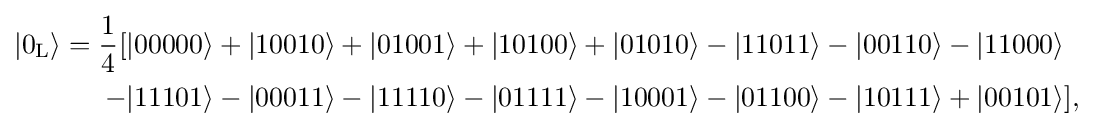
{\begin{aligned}|0_{\rm {L}}\rangle ={\frac {1}{4}}[&|00000\rangle +|10010\rangle +|01001\rangle +|10100\rangle +|01010\rangle -|11011\rangle -|00110\rangle -|11000\rangle \\-&|11101\rangle -|00011\rangle -|11110\rangle -|01111\rangle -|10001\rangle -|01100\rangle -|10111\rangle +|00101\rangle ],\end{aligned}}